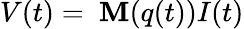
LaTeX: V(t)=\ \mathbf{M}(q(t))I(t)